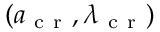
( a _ { \mathrm { ~ c ~ r ~ } } , \lambda _ { \mathrm { ~ c ~ r ~ } } )